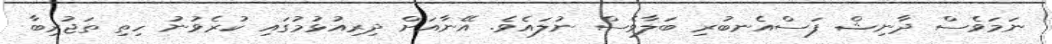
ނަމަވެސް ދާނިޝް ފަސްއެނބުރި ބަލާވެސް ނުލައެވެ. އޭނާއަށް ދިރިއުޅުމުގައި ކުރެވުނު ހިތި ތަޖުރިބާ